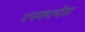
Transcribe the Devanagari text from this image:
एस्कल्देस